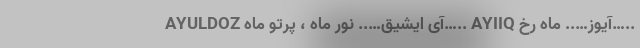
AYULDOZ آی ایشیق….. نور ماه ، پرتو ماه….. AYIIQ آیوز….. ماه رخ…..